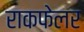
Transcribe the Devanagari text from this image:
राकफेलर